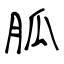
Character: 胍